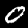
Digit: 0